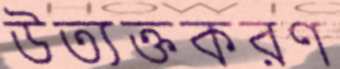
উত্যক্তকরণ